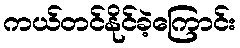
ကယ်တင်နိုင်ခဲ့ကြောင်း